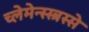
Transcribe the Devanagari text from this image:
च्लेमेन्स्स्त्रस्से